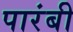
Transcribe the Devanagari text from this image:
पारंबी